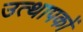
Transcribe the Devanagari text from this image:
उत्थापकों